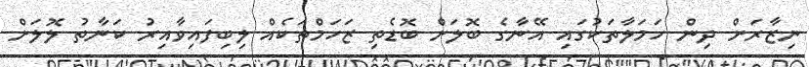
ނިޒާރަށް ދިން ހަމަލާތަކުގައި އޭނާގެ ބޮލަށް ބޮޑެތި ޒަހަމްތަކެއް ލިބިފައިވާއިރު ކަނާތު ލޮލަށް